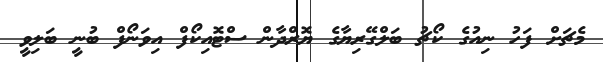
މެޗަށް ފަހު ނިއުގެ ކޯޗު ބަލްގޭރިޔާގެ ޔޮރްދާން ސްޓޮއިކޯފް އިވަނޯފް ބުނީ ބަލިވީ